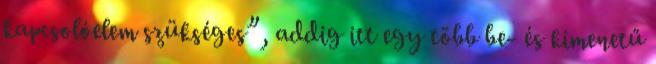
kapcsolóelem szükséges”, addig itt egy több be- és kimenetű